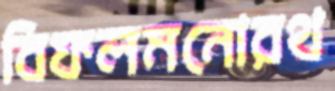
বিফলমনোরথ